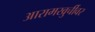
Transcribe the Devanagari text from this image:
आरामखुर्चीवर